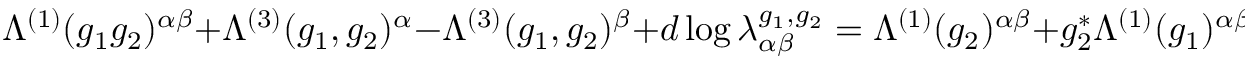
\Lambda ^ { ( 1 ) } ( g _ { 1 } g _ { 2 } ) ^ { \alpha \beta } \: + \: \Lambda ^ { ( 3 ) } ( g _ { 1 } , g _ { 2 } ) ^ { \alpha } \: - \: \Lambda ^ { ( 3 ) } ( g _ { 1 } , g _ { 2 } ) ^ { \beta } \: + \: d \log \lambda _ { \alpha \beta } ^ { g _ { 1 } , g _ { 2 } } \: = \: \Lambda ^ { ( 1 ) } ( g _ { 2 } ) ^ { \alpha \beta } \: + \: g _ { 2 } ^ { * } \Lambda ^ { ( 1 ) } ( g _ { 1 } ) ^ { \alpha \beta }